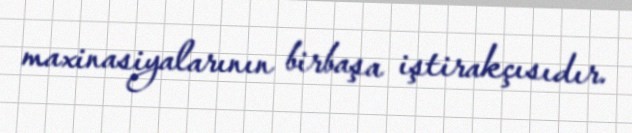
maxinasiyalarının birbaşa iştirakçısıdır.